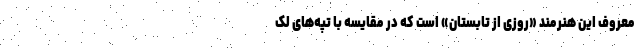
معروف این هنرمند «روزی از تابستان» است که در مقایسه با تپه‌های لک